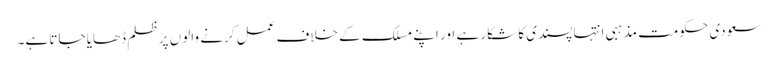
سعودی حکومت مذہبی انتہا پسندی کا شکار ہے اور اپنے مسلک کے خلاف عمل کرنے والوں پر ظلم ڈھایا جاتا ہے۔